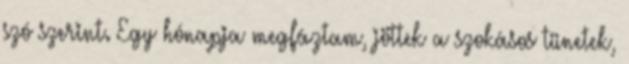
szó szerint. Egy hónapja megfáztam, jöttek a szokásos tünetek,